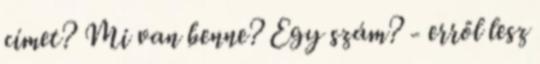
címet? Mi van benne? Egy szám? - erről lesz